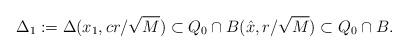
LaTeX: \begin{align*}\Delta_1:= \Delta(x_1,cr/\sqrt{M})\subset Q_0\cap B(\hat{x},r/\sqrt{M})\subset Q_0\cap B.\end{align*}